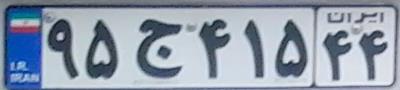
۹۵ج۴۱۵۴۴